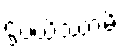
ဌပယိဿာမိ